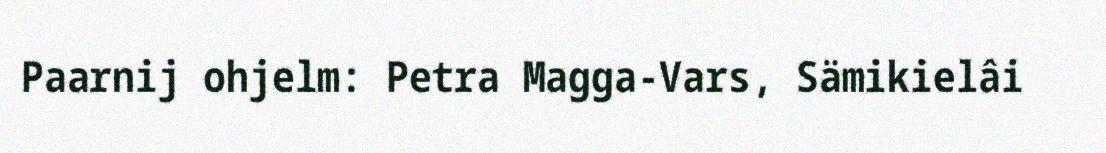
Paarnij ohjelm: Petra Magga-Vars, Sämikielâi